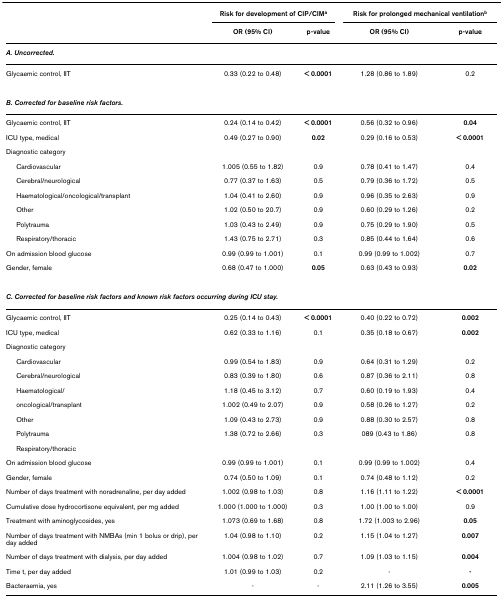
<table><thead><tr><td></td><td colspan="2"><b>Risk for development of CIP/CIM<sup>a</sup></b></td><td colspan="2"><b>Risk for prolonged mechanical ventilation<sup>b</sup></b></td></tr><tr><td></td><td><b>OR (95% CI)</b></td><td><b>p-value</b></td><td><b>OR (95% CI)</b></td><td><b>p-value</b></td></tr></thead><tbody><tr><td><b><i>A. Uncorrected.</i></b></td><td></td><td></td><td></td><td></td></tr><tr><td>Glycaemic control, IIT</td><td>0.33 (0.22 to 0.48)</td><td><b>&lt; 0.0001</b></td><td>1.28 (0.86 to 1.89)</td><td>0.2</td></tr><tr><td colspan="5"><b><i>B. Corrected for baseline risk factors.</i></b></td></tr><tr><td>Glycaemic control, IIT</td><td>0.24 (0.14 to 0.42)</td><td><b>&lt; 0.0001</b></td><td>0.56 (0.32 to 0.96)</td><td><b>0.04</b></td></tr><tr><td>ICU type, medical</td><td>0.49 (0.27 to 0.90)</td><td><b>0.02</b></td><td>0.29 (0.16 to 0.53)</td><td><b>&lt; 0.0001</b></td></tr><tr><td>Diagnostic category</td><td></td><td></td><td></td><td></td></tr><tr><td> Cardiovascular</td><td>1.005 (0.55 to 1.82)</td><td>0.9</td><td>0.78 (0.41 to 1.47)</td><td>0.4</td></tr><tr><td> Cerebral/neurological</td><td>0.77 (0.37 to 1.63)</td><td>0.5</td><td>0.79 (0.36 to 1.72)</td><td>0.5</td></tr><tr><td> Haematological/oncological/transplant</td><td>1.04 (0.41 to 2.60)</td><td>0.9</td><td>0.96 (0.35 to 2.63)</td><td>0.9</td></tr><tr><td> Other</td><td>1.02 (0.50 to 20.7)</td><td>0.9</td><td>0.60 (0.29 to 1.26)</td><td>0.2</td></tr><tr><td> Polytrauma</td><td>1.03 (0.43 to 2.49)</td><td>0.9</td><td>0.75 (0.29 to 1.90)</td><td>0.5</td></tr><tr><td> Respiratory/thoracic</td><td>1.43 (0.75 to 2.71)</td><td>0.3</td><td>0.85 (0.44 to 1.64)</td><td>0.6</td></tr><tr><td>On admission blood glucose</td><td>0.99 (0.99 to 1.001)</td><td>0.1</td><td>0.99 (0.99 to 1.002)</td><td>0.7</td></tr><tr><td>Gender, female</td><td>0.68 (0.47 to 1.000)</td><td><b>0.05</b></td><td>0.63 (0.43 to 0.93)</td><td><b>0.02</b></td></tr><tr><td colspan="5"><b><i>C. Corrected for baseline risk factors and known risk factors occurring during ICU stay.</i></b></td></tr><tr><td>Glycaemic control, IIT</td><td>0.25 (0.14 to 0.43)</td><td><b>&lt; 0.0001</b></td><td>0.40 (0.22 to 0.72)</td><td><b>0.002</b></td></tr><tr><td>ICU type, medical</td><td>0.62 (0.33 to 1.16)</td><td>0.1</td><td>0.35 (0.18 to 0.67)</td><td><b>0.002</b></td></tr><tr><td>Diagnostic category</td><td></td><td></td><td></td><td></td></tr><tr><td> Cardiovascular</td><td>0.99 (0.54 to 1.83)</td><td>0.9</td><td>0.64 (0.31 to 1.29)</td><td>0.2</td></tr><tr><td> Cerebral/neurological</td><td>0.83 (0.39 to 1.80)</td><td>0.6</td><td>0.87 (0.36 to 2.11)</td><td>0.8</td></tr><tr><td> Haematological/</td><td>1.18 (0.45 to 3.12)</td><td>0.7</td><td>0.60 (0.19 to 1.93)</td><td>0.4</td></tr><tr><td> oncological/transplant</td><td>1.002 (0.49 to 2.07)</td><td>0.9</td><td>0.58 (0.26 to 1.27)</td><td>0.2</td></tr><tr><td> Other</td><td>1.09 (0.43 to 2.73)</td><td>0.9</td><td>0.88 (0.30 to 2.57)</td><td>0.8</td></tr><tr><td> Polytrauma</td><td>1.38 (0.72 to 2.66)</td><td>0.3</td><td>089 (0.43 to 1.86)</td><td>0.8</td></tr><tr><td> Respiratory/thoracic</td><td></td><td></td><td></td><td></td></tr><tr><td>On admission blood glucose</td><td>0.99 (0.99 to 1.001)</td><td>0.1</td><td>0.99 (0.99 to 1.002)</td><td>0.4</td></tr><tr><td>Gender, female</td><td>0.74 (0.50 to 1.09)</td><td>0.1</td><td>0.74 (0.48 to 1.12)</td><td>0.2</td></tr><tr><td>Number of days treatment with noradrenaline, per day added</td><td>1.002 (0.98 to 1.03)</td><td>0.8</td><td>1.16 (1.11 to 1.22)</td><td><b>&lt; 0.0001</b></td></tr><tr><td>Cumulative dose hydrocortisone equivalent, per mg added</td><td>1.000 (1.000 to 1.000)</td><td>0.3</td><td>1.00 (1.00 to 1.00)</td><td>0.9</td></tr><tr><td>Treatment with aminoglycosides, yes</td><td>1.073 (0.69 to 1.68)</td><td>0.8</td><td>1.72 (1.003 to 2.96)</td><td><b>0.05</b></td></tr><tr><td>Number of days treatment with NMBAs (min 1 bolus or drip), per day added</td><td>1.04 (0.98 to 1.10)</td><td>0.2</td><td>1.15 (1.04 to 1.27)</td><td><b>0.007</b></td></tr><tr><td>Number of days treatment with dialysis, per day added</td><td>1.004 (0.98 to 1.02)</td><td>0.7</td><td>1.09 (1.03 to 1.15)</td><td><b>0.004</b></td></tr><tr><td>Time t, per day added</td><td>1.01 (0.99 to 1.03)</td><td>0.2</td><td>-</td><td><b>-</b></td></tr><tr><td>Bacteraemia, yes</td><td>-</td><td>-</td><td>2.11 (1.26 to 3.55)</td><td><b>0.005</b></td></tr></tbody></table>